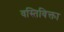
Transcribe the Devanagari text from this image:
वस्तिविक्ता